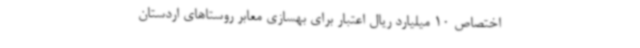
اختصاص 10 میلیارد ریال اعتبار برای بهسازی معابر روستاهای اردستان